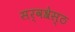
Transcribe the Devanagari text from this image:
सर्वश्रेस्ठ